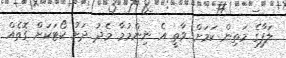
ލަފާގެ މަތިން ކަމަށް ވާތީ އެ ނިންމުމާ މެދު ދަށު ކޯޓަކަށް ގޮތެއް